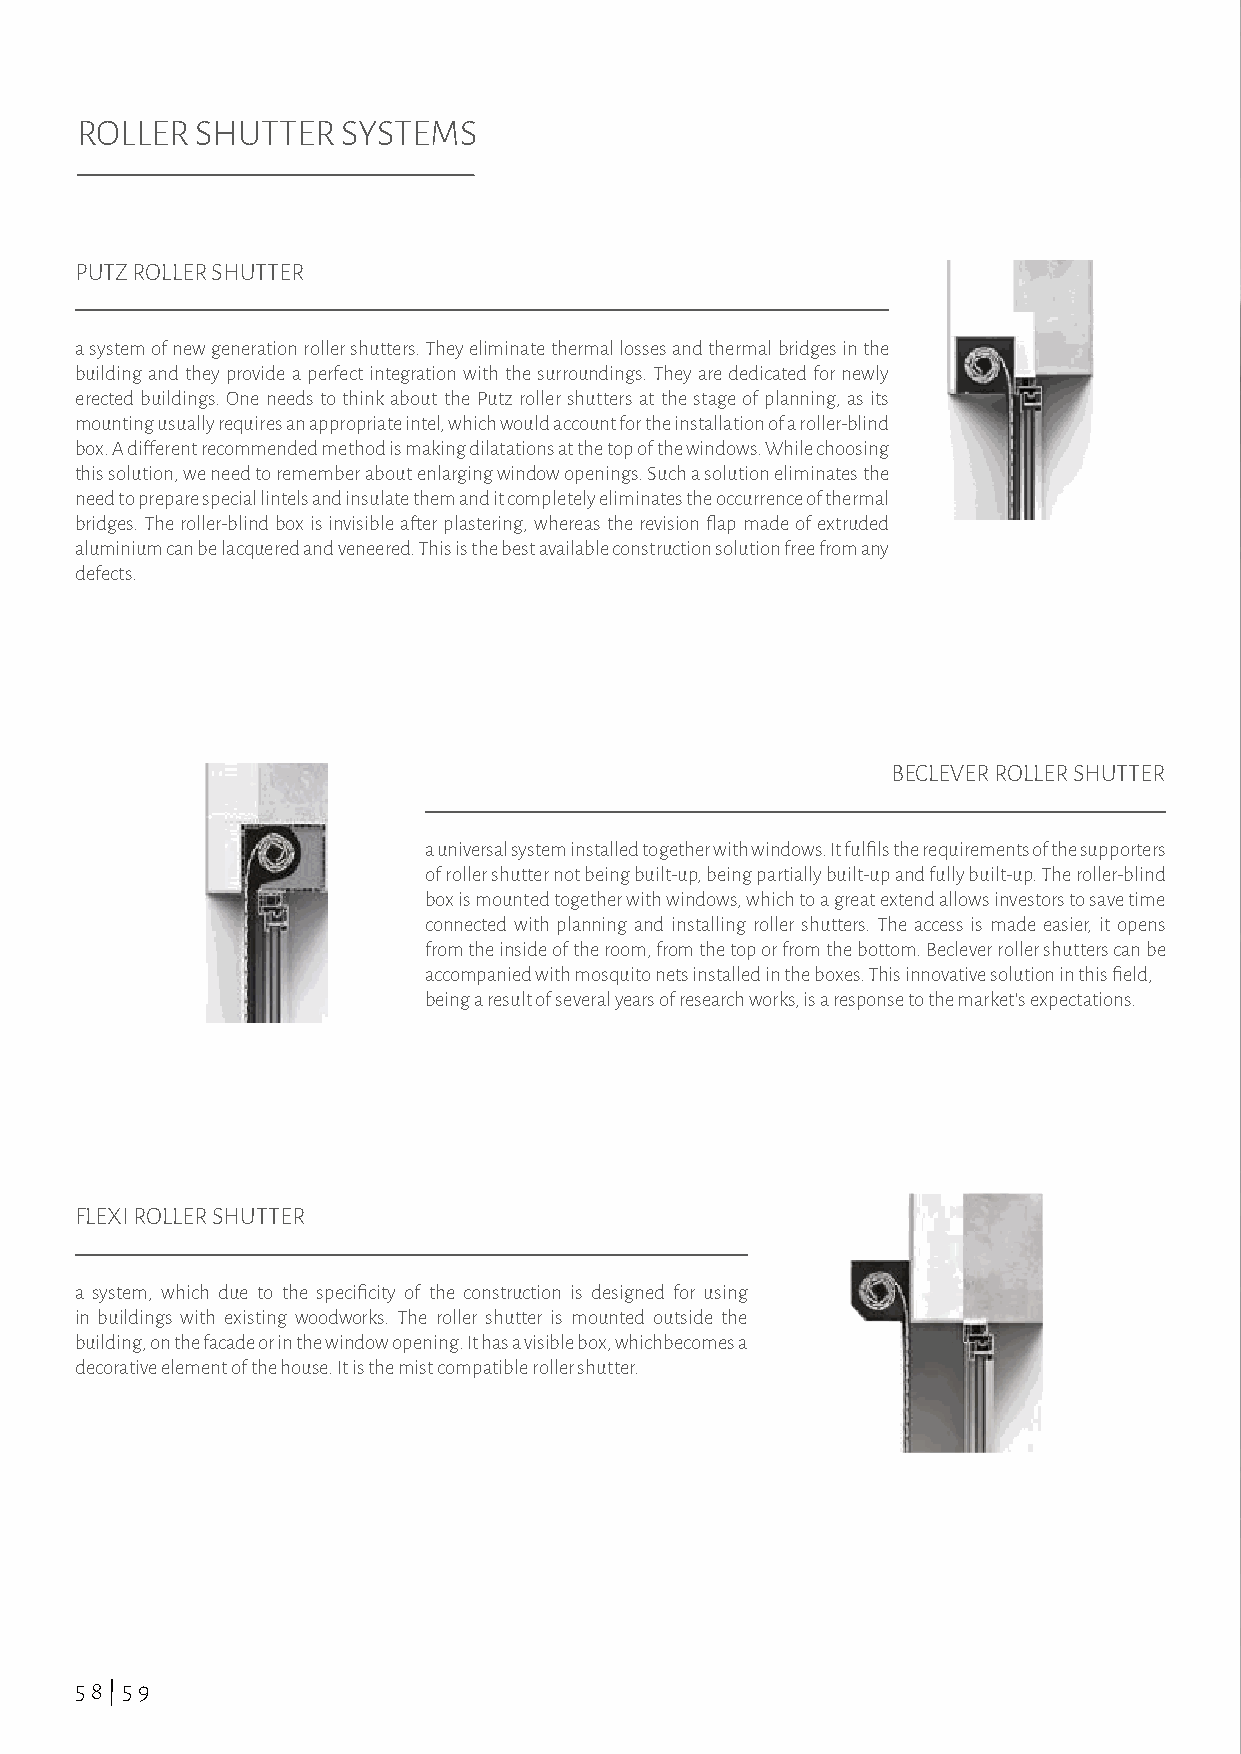
ROLLER  SHUTTER   SYSTEMS
 PUTZ ROLLER SHUTTER
 a system of new generation roller shutters. They eliminate thermal losses and thermal bridges in the
 building and they provide a perfect integration with the surroundings. They are dedicated for newly
 erected buildings. One needs to think about the Putz roller shutters at the stage of planning, as its
 mounting usually requires an appropriate intel, which would account for the installation of a roller-blind
 box. A different recommended method is making dilatations at the top of the windows. While choosing
 this solution, we need to remember about enlarging window openings. Such a solution eliminates the
 need to prepare special lintels and insulate them and it completely eliminates the occurrence of thermal
 bridges. The roller-blind box is invisible after plastering, whereas the revision flap made of extruded
 aluminium can be lacquered and veneered. This is the best available construction solution free from any
 defects.
 BECLEVER ROLLER SHUTTER
 a universal system installed together with windows. It fulfils the requirements of the supporters
 of roller shutter not being built-up, being partially built-up and fully built-up. The roller-blind
 box is mounted together with windows, which to a great extend allows investors to save time
 connected with planning and installing roller shutters. The access is made easier, it opens
 from the inside of the room, from the top or from the bottom. Beclever roller shutters can be
 accompanied with mosquito nets installed in the boxes. This innovative solution in this field,
 being a result of several years of research works, is a response to the market’s expectations.
 FLEXI ROLLER SHUTTER
 a system, which due to the specificity of the construction is designed for using
 in buildings with existing woodworks. The roller shutter is mounted outside the
 building, on the facade or in the window opening. It has a visible box, whichbecomes a
 decorative element of the house. It is the mist compatible roller shutter.
 58|59